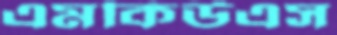
এমকিউএস